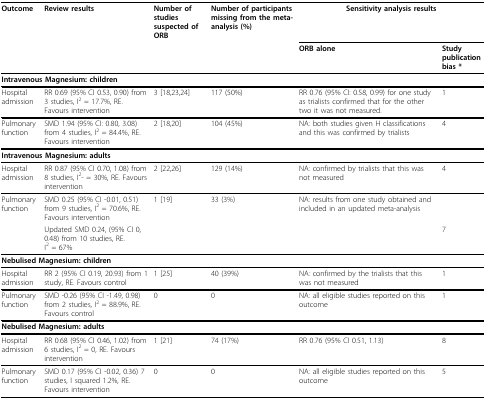
<table><thead><tr><td><b>Outcome</b></td><td><b>Review results</b></td><td><b>Number of studies suspected of ORB</b></td><td><b>Number of participants missing from the meta-analysis (%)</b></td><td colspan="2"><b>Sensitivity analysis results</b></td></tr><tr><td></td><td></td><td></td><td></td><td><b>ORB alone</b></td><td><b>Study publication bias *</b></td></tr></thead><tbody><tr><td colspan="6"><b>Intravenous Magnesium: children</b></td></tr><tr><td>Hospital admission</td><td>RR 0.69 (95% CI 0.53, 0.90) from 3 studies, I<sup>2 </sup>= 17.7%, RE. Favours intervention</td><td>3 [18,23,24]</td><td>117 (50%)</td><td>RR 0.76 (95% CI: 0.58, 0.99) for one study as trialists confirmed that for the other two it was not measured.</td><td>1</td></tr><tr><td>Pulmonary function</td><td>SMD 1.94 (95% CI: 0.80, 3.08) from 4 studies, I<sup>2 </sup>= 84.4%, RE. Favours intervention</td><td>2 [18,20]</td><td>104 (45%)</td><td>NA: both studies given H classifications and this was confirmed by trialists</td><td>4</td></tr><tr><td colspan="6"><b>Intravenous Magnesium: adults</b></td></tr><tr><td>Hospital admission</td><td>RR 0.87 (95% CI 0.70, 1.08) from 8 studies, I<sup>2</sup>- = 30%, RE. Favours intervention</td><td>2 [22,26]</td><td>129 (14%)</td><td>NA: confirmed by trialists that this was not measured</td><td>4</td></tr><tr><td>Pulmonary function</td><td>SMD 0.25 (95% CI -0.01, 0.51) from 9 studies, I<sup>2 </sup>= 70.6%, RE. Favours intervention</td><td>1 [19]</td><td>33 (3%)</td><td>NA: results from one study obtained and included in an updated meta-analysis</td><td></td></tr><tr><td></td><td>Updated SMD 0.24, (95% CI 0, 0.48) from 10 studies, RE. I<sup>2 </sup>= 67%</td><td></td><td></td><td></td><td>7</td></tr><tr><td colspan="6"><b>Nebulised Magnesium: children</b></td></tr><tr><td>Hospital admission</td><td>RR 2 (95% CI 0.19, 20.93) from 1 study, RE. Favours control</td><td>1 [25]</td><td>40 (39%)</td><td>NA: confirmed by the trialists that this was not measured</td><td>1</td></tr><tr><td>Pulmonary function</td><td>SMD -0.26 (95% CI -1.49, 0.98) from 2 studies, I<sup>2 </sup>= 88.9%, RE. Favours control</td><td>0</td><td>0</td><td>NA: all eligible studies reported on this outcome</td><td>1</td></tr><tr><td colspan="6"><b>Nebulised Magnesium: adults</b></td></tr><tr><td>Hospital admission</td><td>RR 0.68 (95% CI 0.46, 1.02) from 6 studies, I<sup>2 </sup>= 0, RE. Favours intervention</td><td>1 [21]</td><td>74 (17%)</td><td>RR 0.76 (95% CI 0.51, 1.13)</td><td>8</td></tr><tr><td>Pulmonary function</td><td>SMD 0.17 (95% CI -0.02, 0.36) 7 studies, I squared 1.2%, RE. Favours intervention</td><td>0</td><td>0</td><td>NA: all eligible studies reported on this outcome</td><td>5</td></tr></tbody></table>